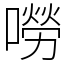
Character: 嘮